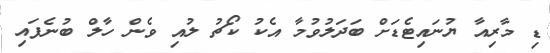
ޑި މާރިއާ ޔުނައިޓެޑަށް ބަދަލުވުމާ އެކު ކޯޗު ލުއި ވެން ހާލް ބުނެފައި